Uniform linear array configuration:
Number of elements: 16
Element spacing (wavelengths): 0.5
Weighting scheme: exponential
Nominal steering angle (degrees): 45
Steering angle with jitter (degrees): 46.295
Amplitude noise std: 0.05
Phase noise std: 0.05

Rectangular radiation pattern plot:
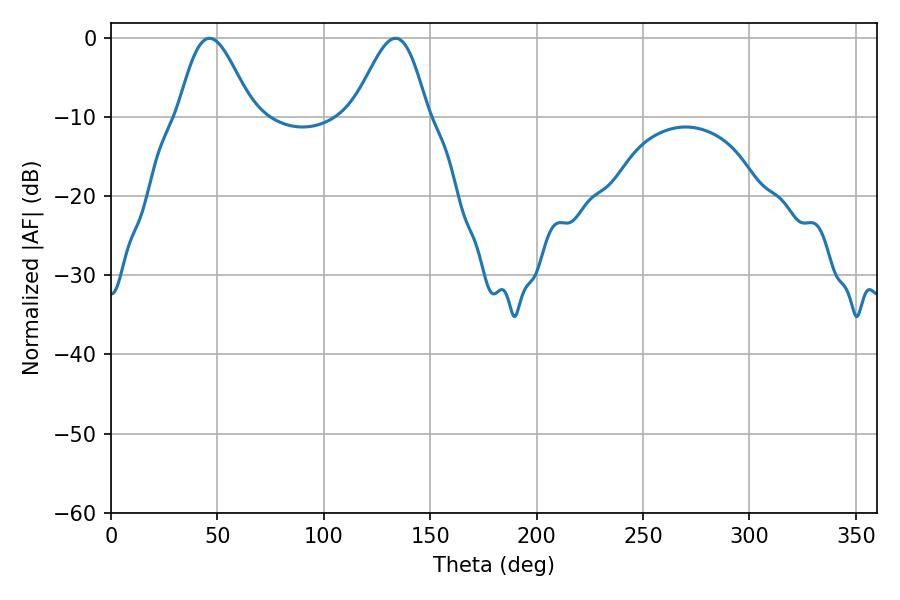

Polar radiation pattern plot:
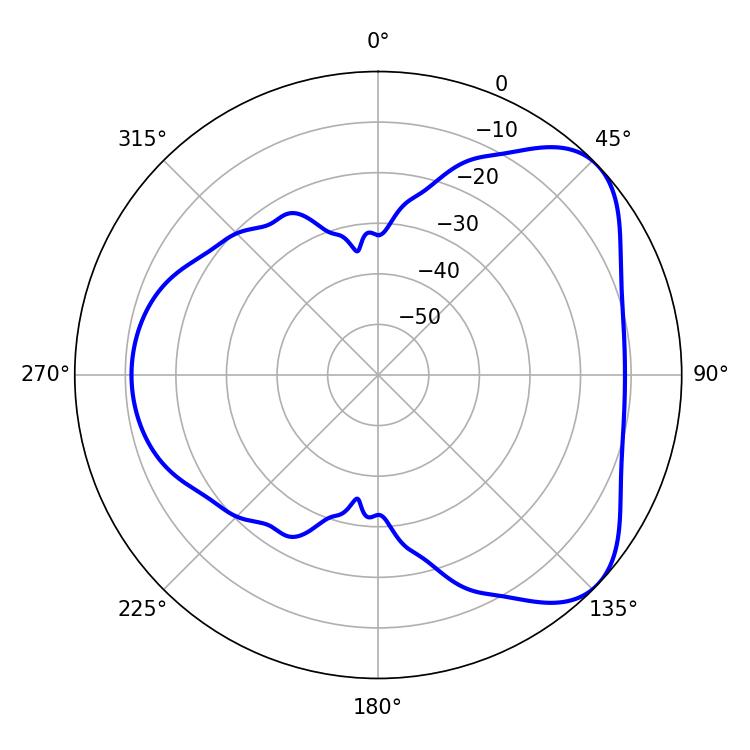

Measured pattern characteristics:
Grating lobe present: FALSE
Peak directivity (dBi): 5.697
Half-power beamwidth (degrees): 18.36
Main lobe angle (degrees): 46.26